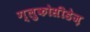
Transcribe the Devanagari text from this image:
ग्लुकोसीडेज़